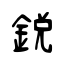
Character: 銳